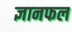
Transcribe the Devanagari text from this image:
ज्ञानफल